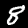
Label: 8